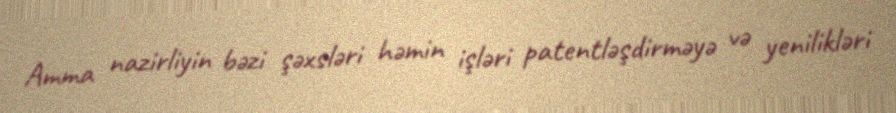
Amma nazirliyin bəzi şəxsləri həmin işləri patentləşdirməyə və yenilikləri